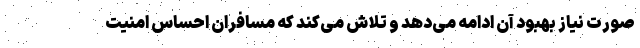
صورت نیاز بهبود آن ادامه می‌دهد و تلاش می‌کند که مسافران احساس امنیت